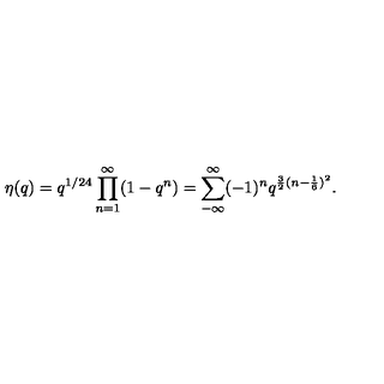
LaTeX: \eta ( q ) = q ^ { 1 / 2 4 } \prod _ { n = 1 } ^ { \infty } ( 1 - q ^ { n } ) = \sum _ { - \infty } ^ { \infty } ( - 1 ) ^ { n } q ^ { \frac { 3 } { 2 } ( n - \frac { 1 } { 6 } ) ^ { 2 } } .